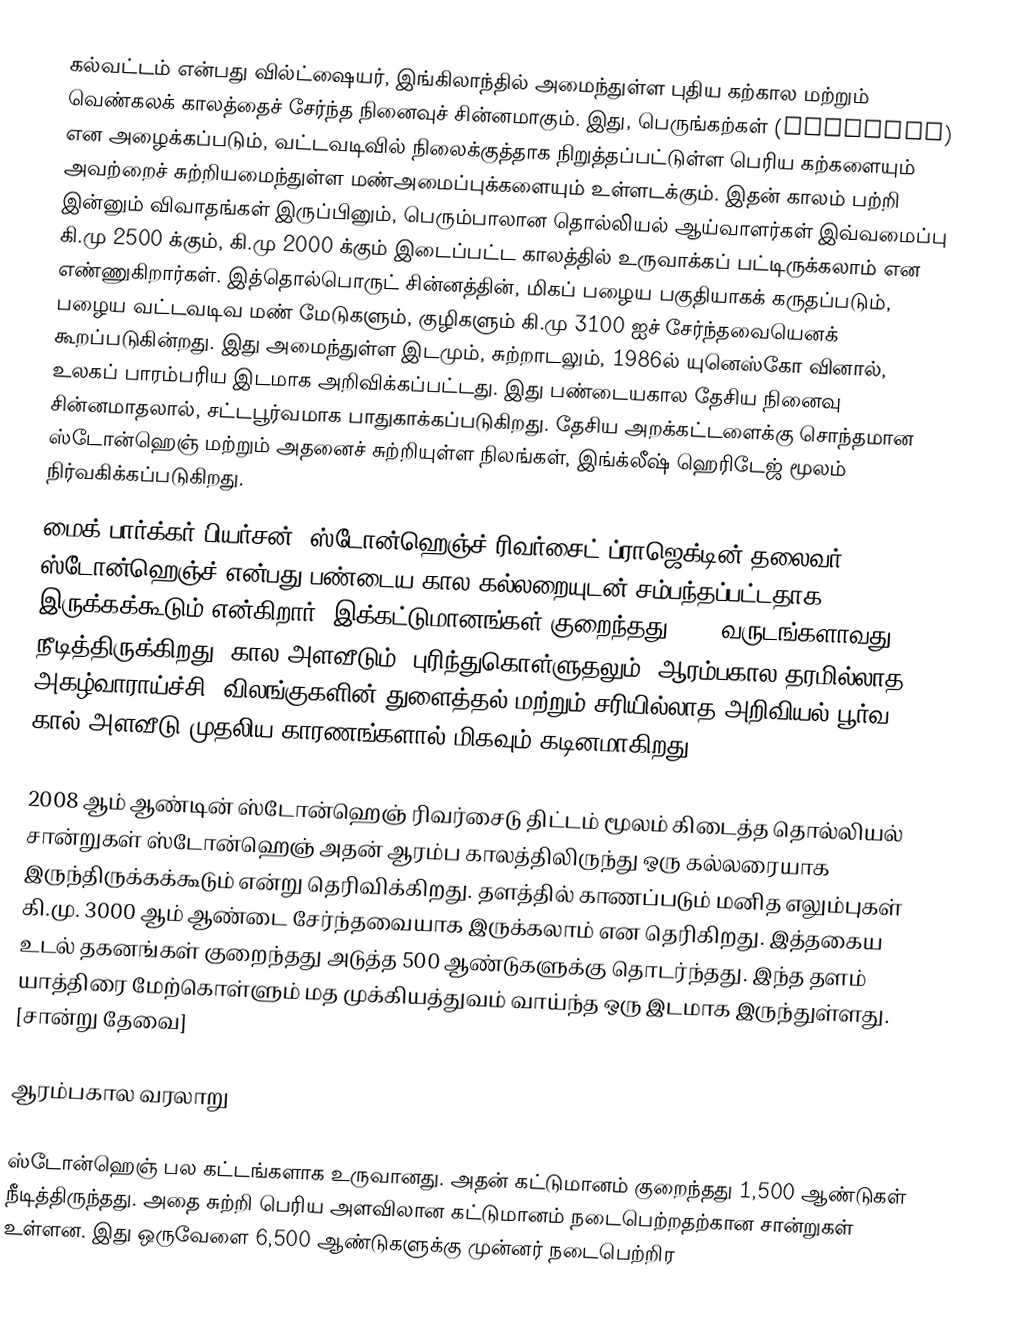
கல்வட்டம் என்பது வில்ட்ஷையர், இங்கிலாந்தில் அமைந்துள்ள புதிய கற்கால மற்றும் வெண்கலக் காலத்தைச் சேர்ந்த நினைவுச் சின்னமாகும். இது, பெருங்கற்கள் (megalith) என அழைக்கப்படும், வட்டவடிவில் நிலைக்குத்தாக நிறுத்தப்பட்டுள்ள பெரிய கற்களையும் அவற்றைச் சுற்றியமைந்துள்ள மண்அமைப்புக்களையும் உள்ளடக்கும். இதன் காலம் பற்றி இன்னும் விவாதங்கள் இருப்பினும், பெரும்பாலான தொல்லியல் ஆய்வாளர்கள் இவ்வமைப்பு கி.மு 2500 க்கும், கி.மு 2000 க்கும் இடைப்பட்ட காலத்தில் உருவாக்கப் பட்டிருக்கலாம் என எண்ணுகிறார்கள். இத்தொல்பொருட் சின்னத்தின், மிகப் பழைய பகுதியாகக் கருதப்படும், பழைய வட்டவடிவ மண் மேடுகளும், குழிகளும் கி.மு 3100 ஐச் சேர்ந்தவையெனக் கூறப்படுகின்றது. இது அமைந்துள்ள இடமும், சுற்றாடலும், 1986ல் யுனெஸ்கோ வினால், உலகப் பாரம்பரிய இடமாக அறிவிக்கப்பட்டது. இது பண்டையகால தேசிய நினைவு சின்னமாதலால், சட்டபூர்வமாக பாதுகாக்கப்படுகிறது. தேசிய அறக்கட்டளைக்கு  சொந்தமான ஸ்டோன்ஹெஞ் மற்றும் அதனைச் சுற்றியுள்ள நிலங்கள், இங்க்லீஷ் ஹெரிடேஜ்  மூலம் நிர்வகிக்கப்படுகிறது.
மைக் பார்க்கர் பியர்சன், ஸ்டோன்ஹெஞ்ச் ரிவர்சைட் ப்ராஜெக்டின் தலைவர், ஸ்டோன்ஹெஞ்ச் என்பது பண்டைய கால கல்லறையுடன் சம்பந்தப்பட்டதாக இருக்கக்கூடும் என்கிறார். இக்கட்டுமானங்கள் குறைந்தது 1500 வருடங்களாவது நீடித்திருக்கிறது. கால அளவீடும், புரிந்துகொள்ளுதலும்; ஆரம்பகால தரமில்லாத அகழ்வாராய்ச்சி, விலங்குகளின் துளைத்தல் மற்றும் சரியில்லாத அறிவியல் பூர்வ கால் அளவீடு முதலிய காரணங்களால் மிகவும் கடினமாகிறது.

2008 ஆம் ஆண்டின் ஸ்டோன்ஹெஞ் ரிவர்சைடு திட்டம் மூலம் கிடைத்த தொல்லியல் சான்றுகள் ஸ்டோன்ஹெஞ் அதன் ஆரம்ப காலத்திலிருந்து ஒரு கல்லரையாக இருந்திருக்கக்கூடும் என்று தெரிவிக்கிறது. தளத்தில் காணப்படும் மனித எலும்புகள் கி.மு. 3000 ஆம் ஆண்டை சேர்ந்தவையாக இருக்கலாம் என தெரிகிறது. இத்தகைய உடல் தகனங்கள் குறைந்தது அடுத்த 500 ஆண்டுகளுக்கு தொடர்ந்தது. இந்த தளம் யாத்திரை மேற்கொள்ளும் மத முக்கியத்துவம் வாய்ந்த ஒரு இடமாக இருந்துள்ளது. [சான்று தேவை]

ஆரம்பகால வரலாறு

ஸ்டோன்ஹெஞ் பல கட்டங்களாக உருவானது. அதன் கட்டுமானம் குறைந்தது 1,500 ஆண்டுகள் நீடித்திருந்தது. அதை சுற்றி பெரிய அளவிலான கட்டுமானம் நடைபெற்றதற்கான சான்றுகள் உள்ளன. இது ஒருவேளை 6,500 ஆண்டுகளுக்கு முன்னர் நடைபெற்றிர